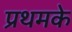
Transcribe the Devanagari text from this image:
प्रथमके